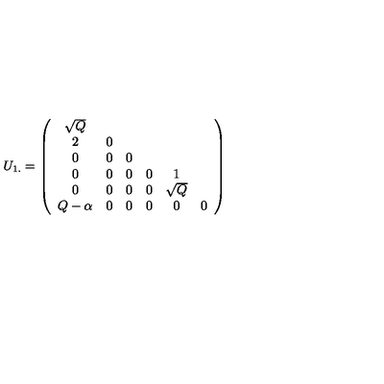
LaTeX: U _ { 1 . } = \left( \begin{array} { c c c c c c c } { \sqrt { Q } } \\ { 2 } & { 0 } \\ { 0 } & { 0 } & { 0 } \\ { 0 } & { 0 } & { 0 } & { 0 } & { 1 } \\ { 0 } & { 0 } & { 0 } & { 0 } & { \sqrt { Q } } \\ { Q - \alpha } & { 0 } & { 0 } & { 0 } & { 0 } & { 0 } \\ \end{array} \right)